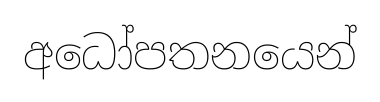
අධෝපතනයෙන්